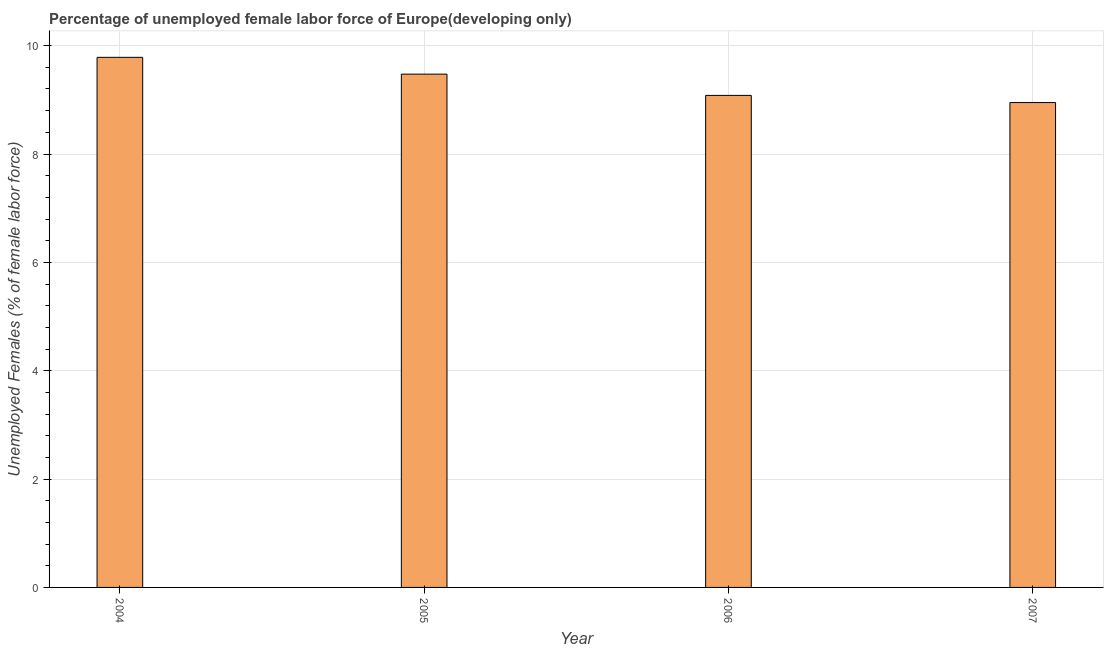
| Year | Unemployment female |
 | --- | --- |
 | 2004 | 9.78 |
 | 2005 | 9.47 |
 | 2006 | 9.08 |
 | 2007 | 8.95 |